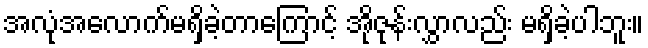
အလုံအလောက်မရှိခဲ့တာကြောင့် အိုဇုန်းလွှာလည်း မရှိခဲ့ပါဘူး။